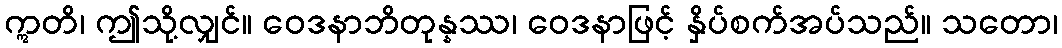
ဣတိ၊ ဤသို့လျှင်။ ဝေဒနာဘိတုန္နဿ၊ ဝေဒနာဖြင့် နှိပ်စက်အပ်သည်။ သတော၊